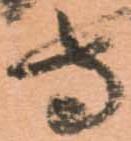
守